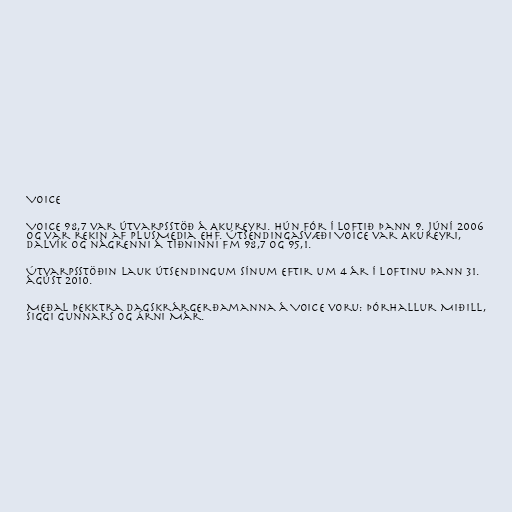
Voice

Voice 98,7 var útvarpsstöð á Akureyri. Hún fór í loftið þann 9. júní 2006
og var rekin af plusMedia ehf. Útsendingasvæði Voice var Akureyri,
Dalvík og nágrenni á tíðninni fm 98,7 og 95,1.

Útvarpsstöðin lauk útsendingum sínum eftir um 4 ár í loftinu þann 31.
ágúst 2010.

Meðal þekktra dagskrárgerðamanna á Voice voru: Þórhallur Miðill,
Siggi Gunnars og Árni Már.